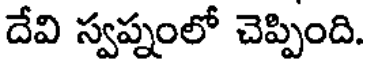
దేవి స్వప్నంలో చెప్పింది.